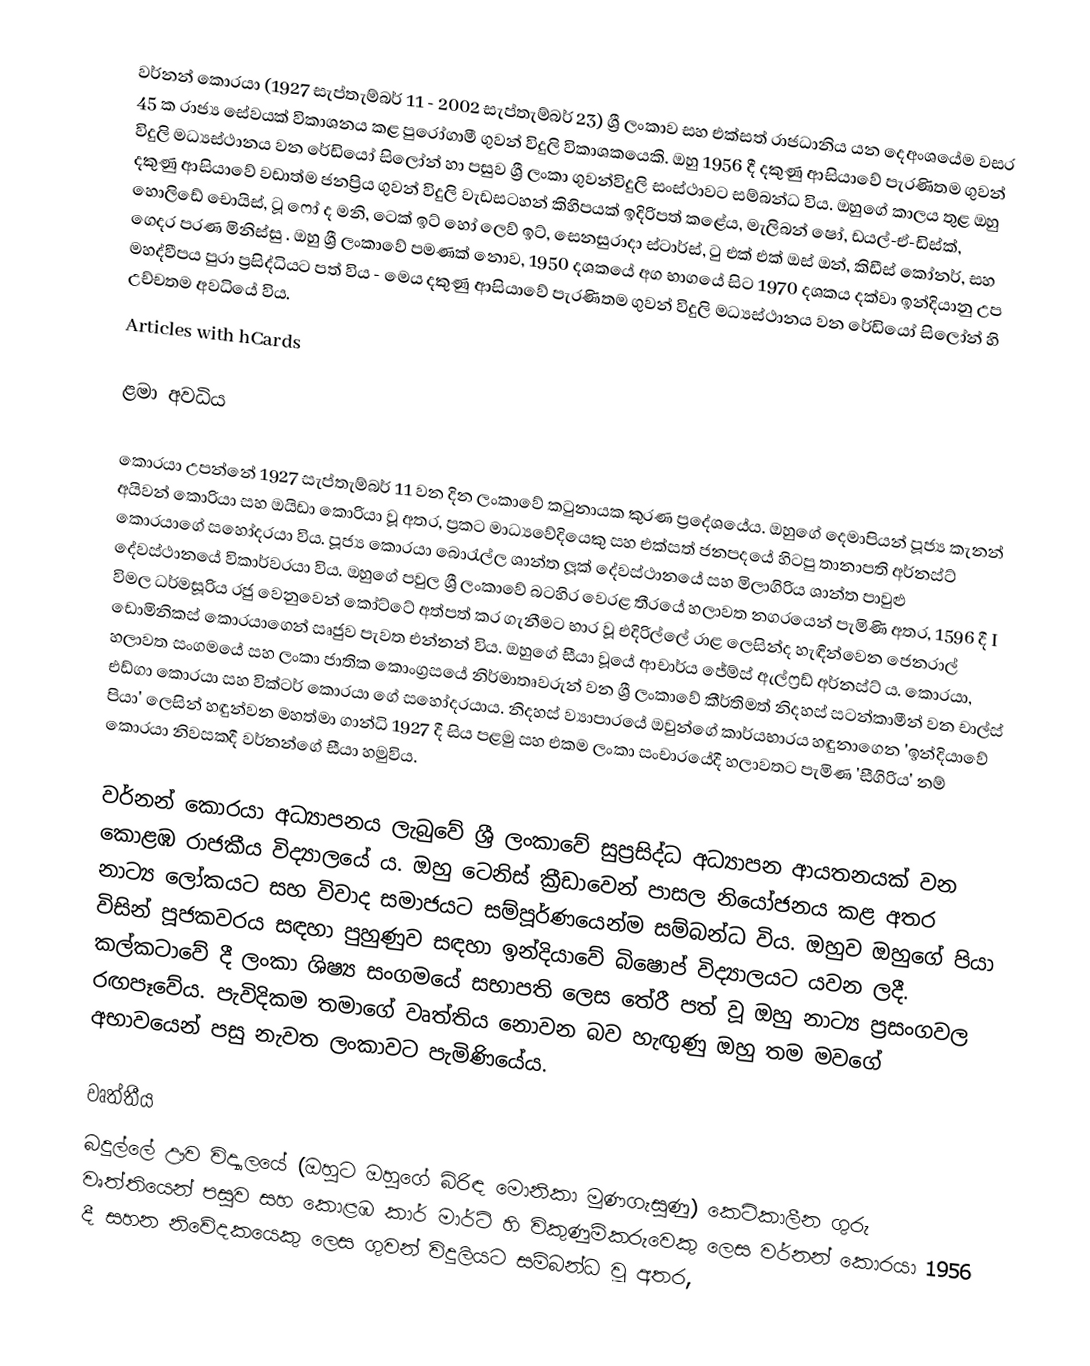
වර්නන් කොරයා (1927 සැප්තැම්බර් 11 - 2002 සැප්තැම්බර් 23) ශ්‍රී ලංකාව සහ එක්සත් රාජධානිය යන දෙඅංශයේම වසර 45 ක රාජ්‍ය සේවයක් විකාශනය කළ පුරෝගාමී ගුවන් විදුලි විකාශකයෙකි. ඔහු 1956 දී දකුණු ආසියාවේ පැරණිතම ගුවන් විදුලි මධ්‍යස්ථානය වන රේඩියෝ සිලෝන් හා පසුව ශ්‍රී ලංකා ගුවන්විදුලි සංස්ථාවට සම්බන්ධ විය. ඔහුගේ කාලය තුළ ඔහු දකුණු ආසියාවේ වඩාත්ම ජනප්‍රිය ගුවන් විදුලි වැඩසටහන් කිහිපයක් ඉදිරිපත් කළේය, මැලිබන් ෂෝ, ඩයල්-ඒ-ඩිස්ක්, හොලිඩේ චොයිස්, ටූ ෆෝ ද මනි, ටෙක් ඉට් හෝ ලෙව් ඉට්, සෙනසුරාදා ස්ටාර්ස්, ටු එක් එක් ඔස් ඔන්, කිඩීස් කෝනර්, සහ ගෙදර පරණ මිනිස්සු .  ඔහු ශ්‍රී ලංකාවේ පමණක් නොව, 1950 දශකයේ අග භාගයේ සිට 1970 දශකය දක්වා ඉන්දියානු උප මහද්වීපය පුරා ප්‍රසිද්ධියට පත් විය - මෙය දකුණු ආසියාවේ පැරණිතම ගුවන් විදුලි මධ්‍යස්ථානය වන රේඩියෝ සිලෝන් හි උච්චතම අවධියේ විය.
Articles with hCards

ළමා අවධිය

කොරයා උපන්නේ 1927 සැප්තැම්බර් 11 වන දින ලංකාවේ කටුනායක කුරණ ප්‍රදේශයේය. ඔහුගේ දෙමාපියන් පූජ්‍ය කැනන් අයිවන් කොරියා සහ ඔයිඩා කොරියා වූ අතර, ප්‍රකට මාධ්‍යවේදියෙකු සහ එක්සත් ජනපදයේ හිටපු තානාපති අර්නස්ට් කොරයාගේ සහෝදරයා විය. පූජ්‍ය කොරයා බොරැල්ල ශාන්ත ලූක් දේවස්ථානයේ සහ මිලාගිරිය ශාන්ත පාවුළු දේවස්ථානයේ විකාර්වරයා විය. ඔහුගේ පවුල ශ්‍රී ලංකාවේ බටහිර වෙරළ තීරයේ හලාවත නගරයෙන් පැමිණි අතර, 1596 දී I විමල ධර්මසූරිය රජු වෙනුවෙන් කෝට්ටේ අත්පත් කර ගැනීමට භාර වූ එදිරිල්ලේ රාළ ලෙසින්ද හැඳින්වෙන ජෙනරාල් ඩොමිනිකස් කොරයාගෙන් සෘජුව පැවත එන්නන් විය. ඔහුගේ සීයා වූයේ ආචාර්ය ජේම්ස් ඇල්ෆ්‍රඩ් අර්නස්ට් ය. කොරයා, හලාවත සංගමයේ සහ ලංකා ජාතික කොංග්‍රසයේ නිර්මාතෘවරුන් වන ශ්‍රී ලංකාවේ කීර්තිමත් නිදහස් සටන්කාමීන් වන චාල්ස් එඩ්ගා කොරයා සහ වික්ටර් කොරයා ගේ සහෝදරයාය. නිදහස් ව්‍යාපාරයේ ඔවුන්ගේ කාර්යභාරය හඳුනාගෙන 'ඉන්දියාවේ පියා' ලෙසින් හඳුන්වන මහත්මා ගාන්ධි 1927 දී සිය පළමු සහ එකම ලංකා සංචාරයේදී හලාවතට පැමිණ 'සීගිරිය' නම් කොරයා නිවසකදී වර්නන්ගේ සීයා හමුවිය.

වර්නන් කොරයා අධ්‍යාපනය ලැබුවේ ශ්‍රී ලංකාවේ සුප්‍රසිද්ධ අධ්‍යාපන ආයතනයක් වන කොළඹ රාජකීය විද්‍යාලයේ ය.  ඔහු ටෙනිස් ක්‍රීඩාවෙන් පාසල නියෝජනය කළ අතර නාට්‍ය ලෝකයට සහ විවාද සමාජයට සම්පූර්ණයෙන්ම සම්බන්ධ විය. ඔහුව ඔහුගේ පියා විසින් පූජකවරය සඳහා පුහුණුව සඳහා ඉන්දියාවේ  බිෂොප් විද්‍යාලයට යවන ලදී. කල්කටාවේ දී ලංකා ශිෂ්‍ය සංගමයේ සභාපති ලෙස තේරී පත් වූ ඔහු නාට්‍ය ප්‍රසංගවල රඟපෑවේය. පැවිදිකම තමාගේ වෘත්තිය නොවන බව හැඟුණු ඔහු තම මවගේ අභාවයෙන් පසු නැවත ලංකාවට පැමිණියේය.

වෘත්තීය
බදුල්ලේ ඌව විද්‍යාලයේ (ඔහුට ඔහුගේ බිරිඳ මොනිකා මුණගැසුණු) කෙටිකාලීන ගුරු වෘත්තියෙන් පසුව සහ කොළඹ කාර් මාර්ට් හි විකුණුම්කරුවෙකු ලෙස වර්නන් කොරයා 1956 දී සහන නිවේදකයෙකු ලෙස ගුවන් විදුලියට සම්බන්ධ වූ අතර,